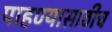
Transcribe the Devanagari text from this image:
पाहण्यासाठीच